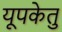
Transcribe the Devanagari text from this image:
यूपकेतु